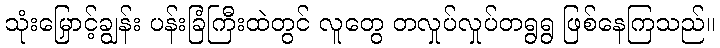
သုံးမြှောင့်ချွန်း ပန်းခြံကြီးထဲတွင် လူတွေ တလှုပ်လှုပ်တရွရွ ဖြစ်နေကြသည်။